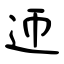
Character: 迊